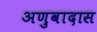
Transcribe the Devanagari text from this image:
अणुवादास